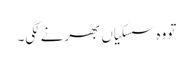
تو وہ سسکیاں بھرنے لگی۔